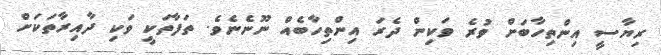
ރިޔާސީ އިންތިހާބަށް ވުރެ ވަކިން ދެރަ އިންތިހާބެއް ނޫނެނެވެ. ތަފާތަކީ ވަކި ދާއިރާތަކަށް